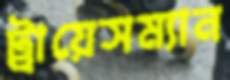
ট্রায়েসম্যান